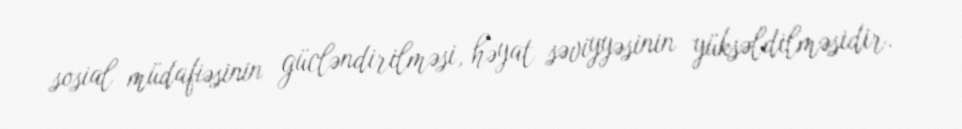
sosial müdafiəsinin gücləndirilməsi, həyat səviyyəsinin yüksəldilməsidir.